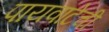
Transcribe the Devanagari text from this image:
पायवाटेची